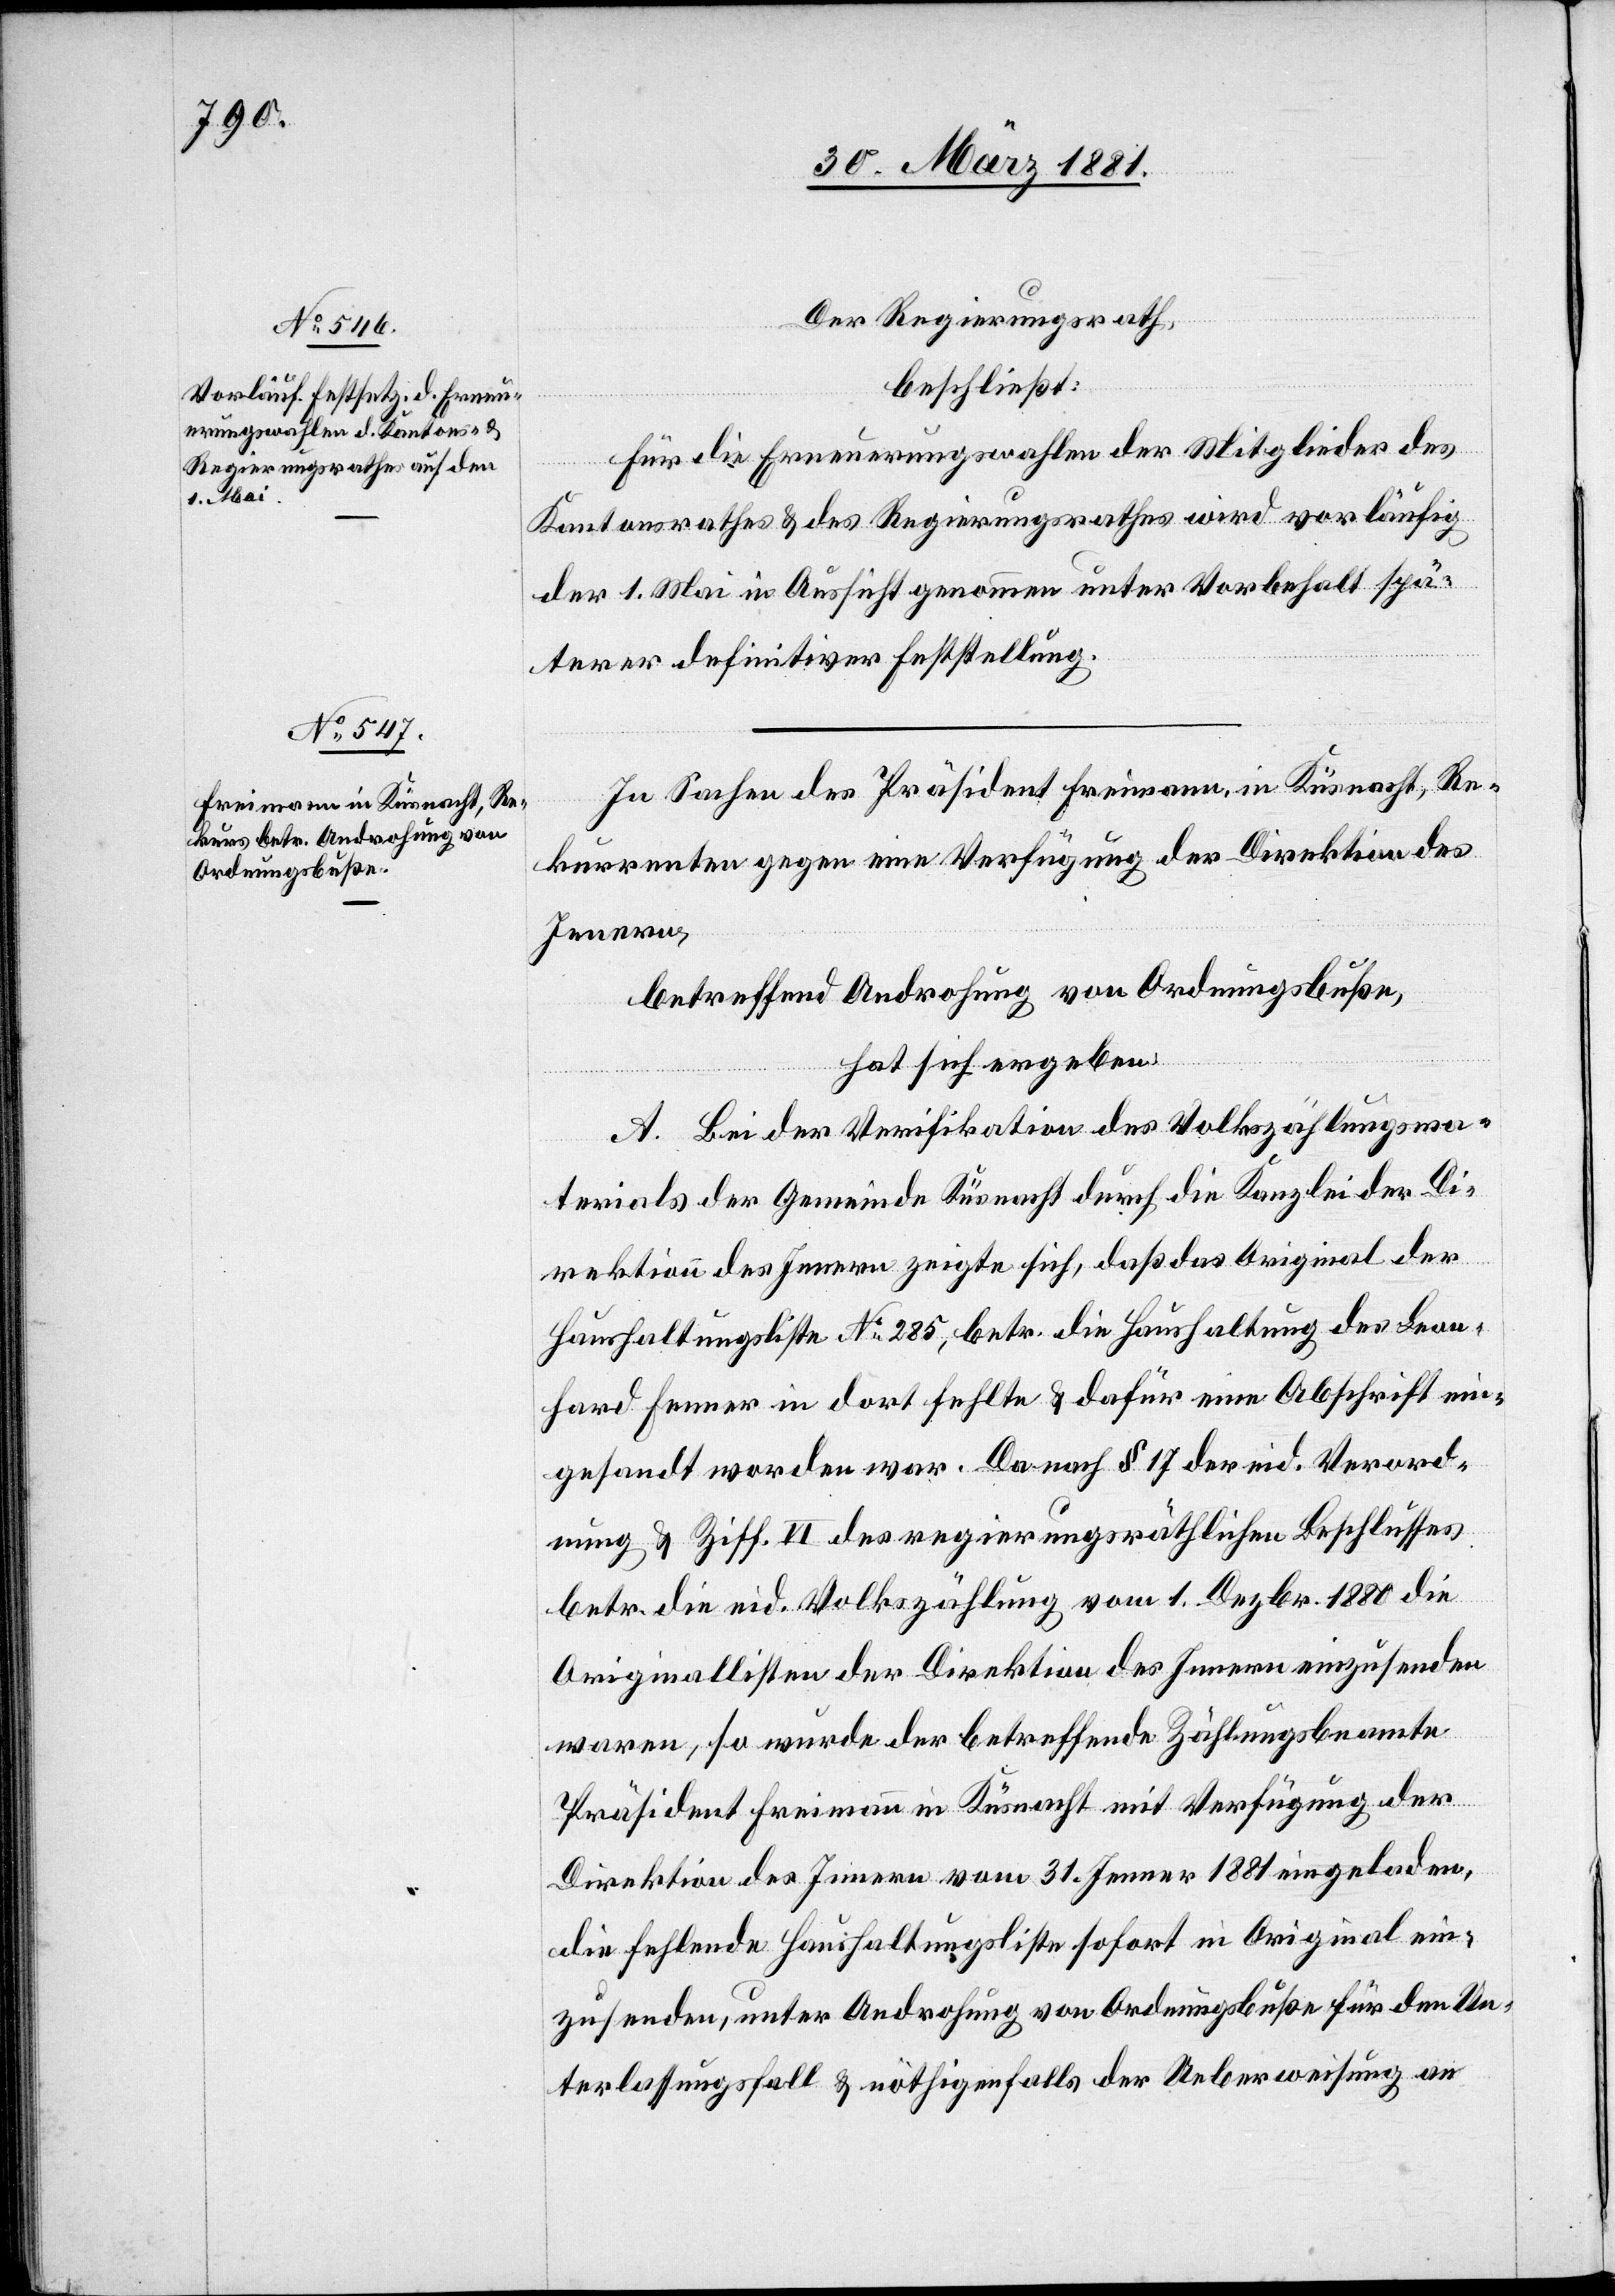
Der Regierungsrath,
beschließt:
Für die Erneuerungswahlen der Mitglieder des
Kantonsrathes & des Regierungsrathes wird vorläufig
der 1. Mai in Aussicht genommen unter Vorbehalt spä¬
terer definitiver Feststellung.
In Sachen des Präsident Freimann, in Küsnacht, Re¬
kurrenten gegen eine Verfügung der Direktion des
Innern,
betreffend Androhung von Ordnungsbuße,
hat sich ergeben:
A. Bei der Verifikation des Volkszählungsma¬
terials der Gemeinde Küsnacht durch die Kanzlei der Di¬
rektion des Innern zeigt sich, daß das Original der
Haushaltungsliste No 285, betr. die Haushaltung des Leon¬
hard Fenner in dort fehlte & dafür eine Abschrift ein¬
gesandt worden war. Da nach § 17 der eid. Verord¬
nung & Ziff. II des regierungsräthlichen Beschlusses
betr. die eid. Volkszählung vom 1. Dezbr. 1880 die
Originallisten der Direktion des Innern einzusenden
waren, so wurde der betreffende Zählungsbeamte
Präsident Freimann in Küsnacht mit Verfügung der
Direktion des Innern vom 31. Jenner 1881 eingeladen,
die fehlende Haushaltsliste sofort in Original ein¬
zusenden, unter Androhung von Ordnungsbuße für den Un¬
terlassungsfall & nöthigenfalls der Ueberweisung an